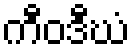
ကီဝဒီဃံ